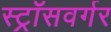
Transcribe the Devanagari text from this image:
स्ट्रॉसवर्गर